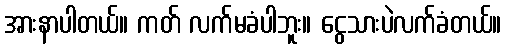
အားနာပါတယ်။ ကတ် လက်မခံပါဘူး။ ငွေသားပဲလက်ခံတယ်။